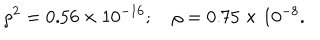
\rho ^ { 2 } = 0 . 5 6 \times 1 0 ^ { - 1 6 } ; \quad \rho = 0 . 7 5 \times 1 0 ^ { - 8 } .